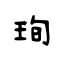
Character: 珣